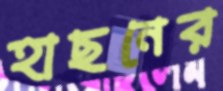
হাছনের